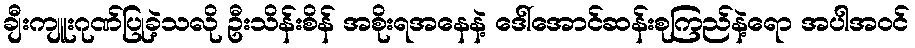
ချီးကျူးဂုဏ်ပြုခဲ့သလို ဦးသိန်းစိန် အစိုးရအနေနဲ့ ဒေါ်အောင်ဆန်းစုကြည်နဲ့ရော အပါအဝင်